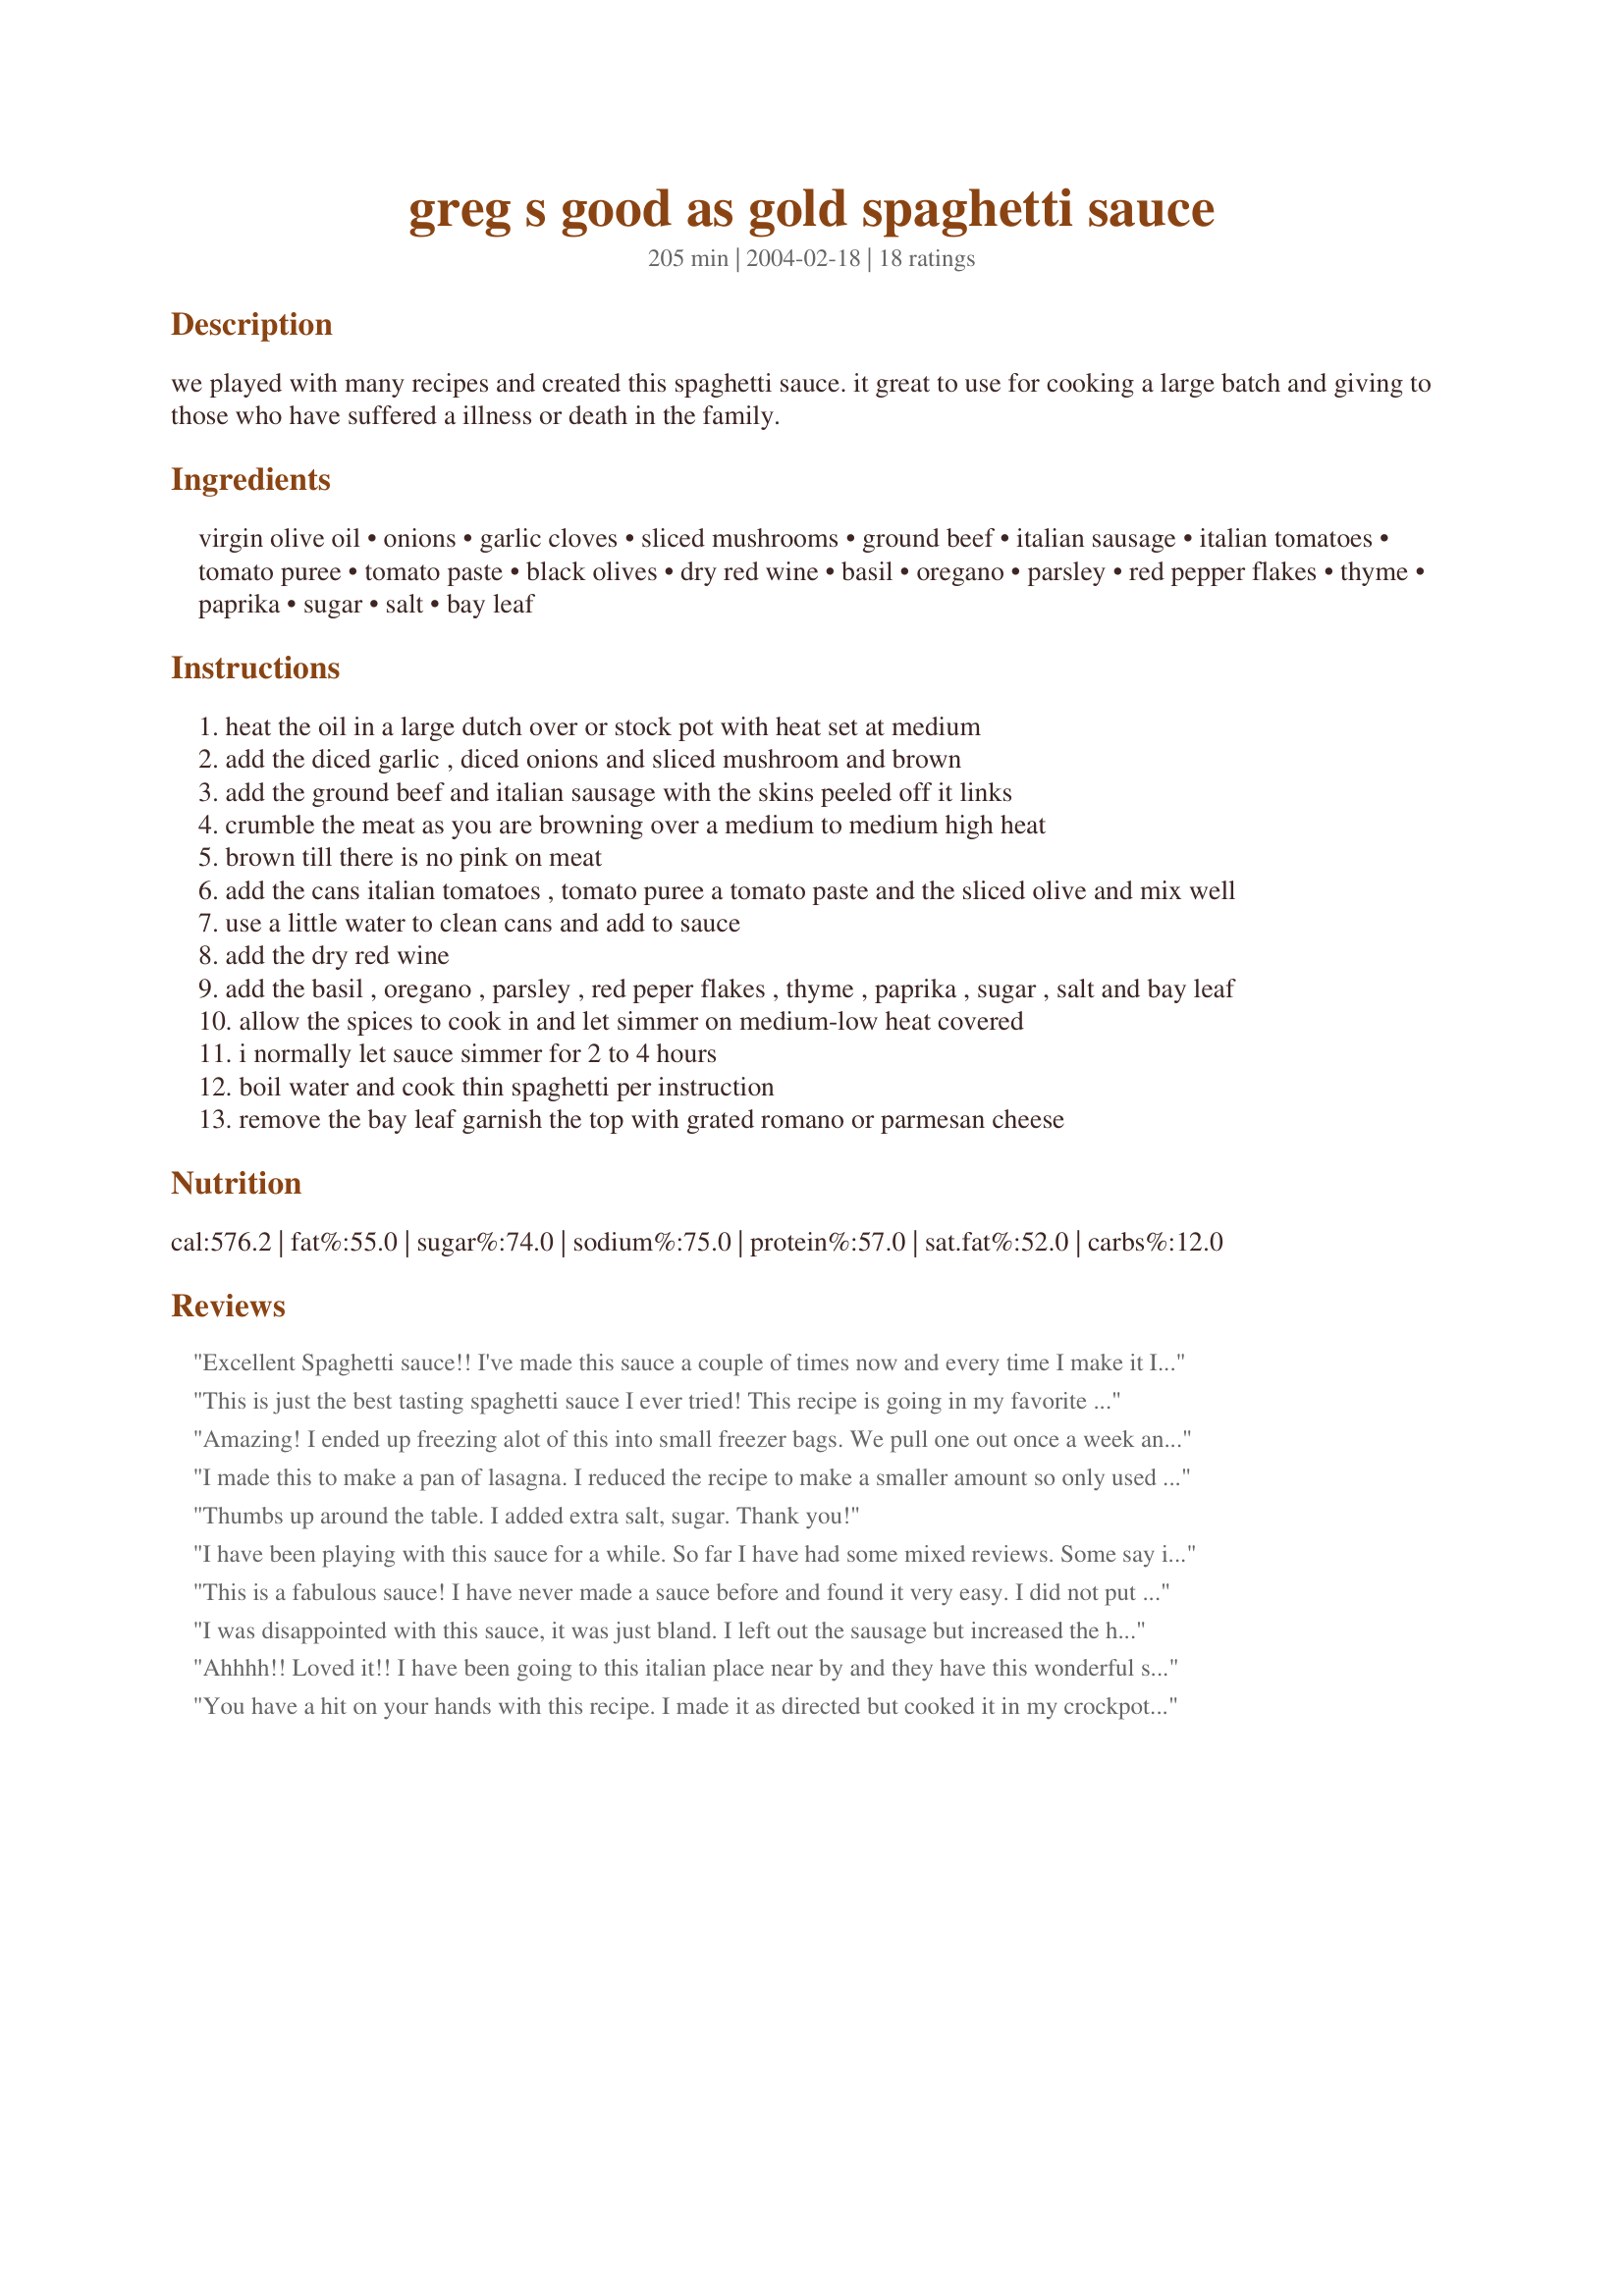
greg s good as gold spaghetti sauce
Preparation time: 205 minutes

we played with many recipes and created this spaghetti sauce. it great to use for cooking a large batch and giving to those who have suffered a illness or death in the family.

Ingredients:
virgin olive oil, onions, garlic cloves, sliced mushrooms, ground beef, italian sausage, italian tomatoes, tomato puree, tomato paste, black olives, dry red wine, basil, oregano, parsley, red pepper flakes, thyme, paprika, sugar, salt, bay leaf

Steps:
heat the oil in a large dutch over or stock pot with heat set at medium
add the diced garlic , diced onions and sliced mushroom and brown
add the ground beef and italian sausage with the skins peeled off it links
crumble the meat as you are browning over a medium to medium high heat
brown till there is no pink on meat
add the cans italian tomatoes , tomato puree a tomato paste and the sliced olive and mix well
use a little water to clean cans and add to sauce
add the dry red wine
add the basil , oregano , parsley , red peper flakes , thyme , paprika , sugar , salt and bay leaf
allow the spices to cook in and let simmer on medium-low heat covered
i normally let sauce simmer for 2 to 4 hours
boil water and cook thin spaghetti per instruction
remove the bay leaf garnish the top with grated romano or parmesan cheese

Reviews:
Excellent Spaghetti sauce!! I've made this sauce a couple of times now and every time I make it I'm always amazed at how great it tastes! Some times I'll add some vegatbles to the recipe (carrots, zucini, etc;) so that if I'm too tired to fix a salad I still feel like I'm getting some vegies.
This is just the best tasting spaghetti sauce I ever tried! This recipe is going in my favorite folder. Thanks for a wonderful recipe Gregory Hehn....
Amazing! I ended up freezing alot of this into small freezer bags. We pull one out once a week and it's enough to feed 2 adults and one 1.5 year old. I didnt add sausage, because I cant stand it, so I just substituted more beef. It was fantastic again! I loved the smell in my home. My mouth was waterfing the whole time this was simmering lol.
I made this to make a pan of lasagna. I reduced the recipe to make a smaller amount so only used mild italian sausage. I also added 1 teaspoons fennel seeds and a chopped bell pepper. The sauce is full bodied, thick, and has good flavor and has the &quot;that&#039;s Italian!&quot; flavor I was after. Thank you for sharing the recipe!
Thumbs up around the table. I added extra salt, sugar. Thank you!
I have been playing with this sauce for a while. So far I have had some mixed reviews. Some say it is really good, others don't like it. I have tried changing several things like using garlic powder instead of cloves to try to intensify the garlic flavor. I even omitted the wine once. There doesn't seem to be enough salt in this recipe. Although it is far better then any sauce in a jar, it could be better. I'll try to work on it more and report later. The amount of sauce it produces is good because you can freeze it and it will last a while. Also, it is a good sauce for making lasagna
This is a fabulous sauce! I have never made a sauce before and found it very easy. I did not put the wine in or the crushed red pepper. I fed ten people and they all said the flavor was fantastic. I will be making this sauce from now on. Thanks for such an easy and great recipe!
I was disappointed with this sauce, it was just bland. I left out the sausage but increased the herbs and wine, and still just okay. I will not make this again.
Ahhhh!! Loved it!! I have been going to this italian place near by and they have this wonderful sauce...i always wondered how to make it!! And voila!! Followed yours and it was beyond good! My boyfriend loved it! thanks so much!! :D
You have a hit on your hands with this recipe. I made it as directed but cooked it in my crockpot on low for 8 hours. Served it with side salad and Texas Garlic Toast. Anything with black olives in it my children will love. LOKL
I used spicy italian sausages, omitted the red pepper flakes cause I knew it would already be spicy enough for my son. I didn&#039;t use the black olives. It&#039;s not something I&#039;m looking for in a spaghetti sauce. The seasonings were the best. Thanks Gregory :) Made for Name that ingredient tag game
Dearest Greg, You are now my personal hero!!! This is the first meal EVER that both of my sons have eaten EVERYTHING on their plates!!!! I think its safe to say I will be using this recipe again and again. I had to sub the wine with some stock, as we're not wine drinkers, so I didnt have any, plus I put in a small splash of worcestershire sauce.
Also I don't think I will bother putting in the salt next time, as it seemed just a tiny bit much for my liking. All in all we all give this 10 stars out of 5. Thanks so much for this one...
This is great!! I had 5lbs of hamburger in the freezer waiting for me to make a spaghetti sauce to can.I had about 4 lbs of Italian sausage. I bought a lb of fresh mushrooms because I always add them, I just happened to have all the other ingredients too. Here`s a tip that some might want to try, I use my cuisinart and after browning the meat I put about 2lbs at a time in it and just pulse it barely for three pulses, Its always so time consuming to stand over the frying pan trying to break up the big chunks, I also do this when I add sausage to my dressing.I also do that with the canned tomatoes and of course the onions and mushrooms, it just makes things so much easier and if your canning there`s enough work that goes into it. Your recipe is going into my Favorites and I will definitely make it again
This is truly an awesome spaghetti sauce. I have found only one thing that i changed, 2 8 ounce cans of olives is way too much, also the red peper flakes make it pretty hot. This is a great sauce to make in a slow cooker.
This has to be the best sauce I've ever tried! I was looking for a new recipe (I grew up on Ragu but my husband is italian) for my family and this is it!!!! I did change a few things though-I omitted the olives and added 3/4 cup red wine, 2 tsp thyme, 2 tsp. sugar, 2 tsp salt, 2 bay leaves and I added 1/2 cup parmesan and it was insane!!!!! This sure is good as gold and thanks for a wonderful recipe that I'll use forever!
My family and I enjoyed your spaghetti sauce very much. For me, it is essential to have a mixture of ground beef and Italian sausage in the meat sauce. Using my hands, I crushed the whole tomatoes as I added them in and only used the juice of 1 can of the whole tomatoes because I like a thick sauce. The seasonings were just right. This makes a ton and I had plenty of hungry mouths to feed. Thanks for sharing a great recipe
Followed the recipe exactly. It was very good! Freezes well!
This was delicious!!! Had my daughter over last night for supper, she was sooo dissapointed when she found out it wasn't "my" spaghetti....until she ate this recipe. She loved it!!! I was skeptical about the amount of tomatoes but it really tastes like authentic italian sauce. I followed the recipe as written with the exception of forgetting the parsely, didn't miss it. Thanks for a real keeper!!
